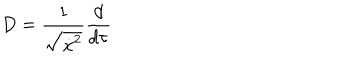
LaTeX: D = \frac 1 { \sqrt { \dot { x } ^ { 2 } } } \frac d { d \tau }